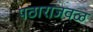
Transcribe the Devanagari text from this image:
पठाराजवळ